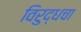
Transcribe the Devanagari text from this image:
विरुद्धचा